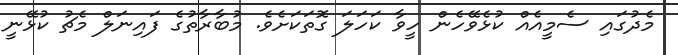
މެދުގައި ސެމީއެއް ކުޅެވޭހެން ހީވާ ކަހަލަ ގޮތަކަށެވެ. މުބާރާތުގެ ފައިނަލް މެޗު ކުޅޭނީ